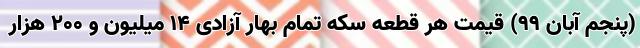
(پنجم آبان ۹۹) قیمت هر قطعه سکه تمام بهار آزادی ۱۴ میلیون و ۲۰۰ هزار